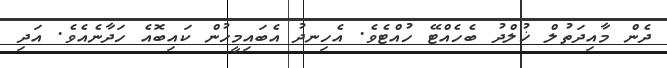
ދެން މާއިދަތުލް ޚުލްދު ބެހެއްޓޭ ހުއްޓެވެ. އެހިނދު އެބައިމީހުން ކައިބޮއެ ހަދާނެއެވެ. އަދި